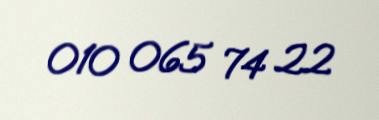
010 065 74 22